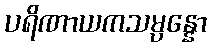
ပရိဏာယကသမ္ပန္နော